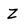
Character: Z